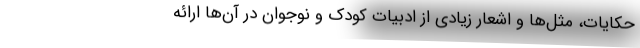
حکایات، مَثَل‌ها و اشعار زیادی از ادبیات کودک و نوجوان در آن‌ها ارائه